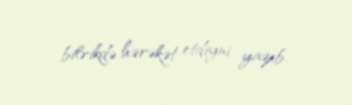
bilrikdə hərəkət etdiyni yazıb.